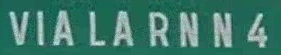
VIALARNN4